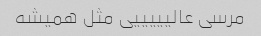
مرسی عالیییییی مثل همیشه